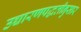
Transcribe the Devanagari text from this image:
उच्चारणपद्धतीनुसार